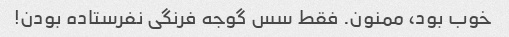
خوب بود، ممنون. فقط سس گوجه فرنگی نفرستاده بودن!